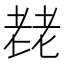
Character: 䎜